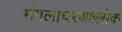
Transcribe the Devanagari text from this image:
मंगलाचरणश्लोक